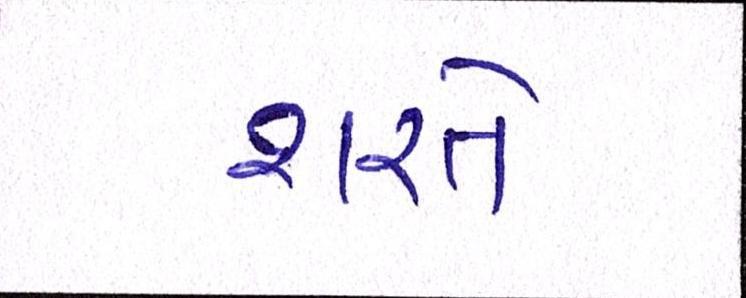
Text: શરતે